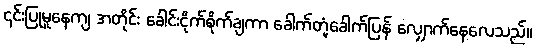
၎င်းပြုမူနေကျ အတိုင်း ခေါင်းငိုက်စိုက်ချကာ ခေါက်တုံ့ခေါက်ပြန် လျှောက်နေလေသည်။